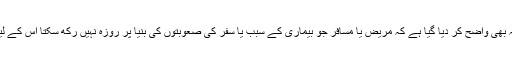
قرآن کریم میں جہاں روزے کے فرض ہونے کا تذکرہ جگہ جگہ کیا گیا ہے وہاں یہ بھی واضح کر دیا گیا ہے کہ مریض یا مسافر جو بیماری کے سبب یا سفر کی صعوبتوں کی بنیا پر روزہ نہیں رکھ سکتا اس کے لیے رعایت ہے کہ وہ بعد میں رکھ لے خداوند کریم کے الفاظ اسی ضمن میں یہ ہیں ۔